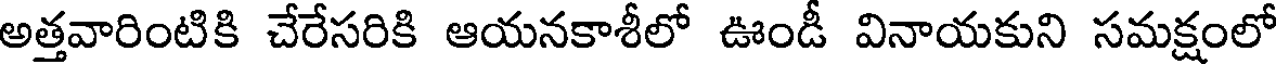
అత్తవారింటికి చేరేసరికి ఆయనకాశీలో ఊండీ వినాయకుని సమక్షంలో